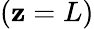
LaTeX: (\mathbf{z}=L)